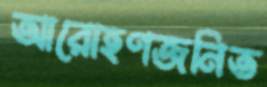
আরোহণজনিত